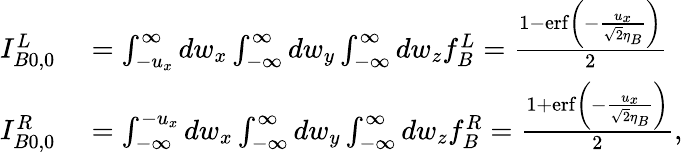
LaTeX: \begin{array}{rl}{I_{B0,0}^{L}}&{{}=\int_{-u_{x}}^{\infty}dw_{x}\int_{-\infty}^{\infty}dw_{y}\int_{-\infty}^{\infty}dw_{z}f_{B}^{L}=\frac{1-\operatorname{erf}\left(-\frac{u_{x}}{\sqrt{2}\eta_{B}}\right)}{2}}\\ {I_{B0,0}^{R}}&{{}=\int_{-\infty}^{-u_{x}}dw_{x}\int_{-\infty}^{\infty}dw_{y}\int_{-\infty}^{\infty}dw_{z}f_{B}^{R}=\frac{1+\operatorname{erf}\left(-\frac{u_{x}}{\sqrt{2}\eta_{B}}\right)}{2},}\end{array}